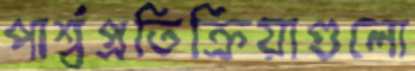
পার্শ্বপ্রতিক্রিয়াগুলো